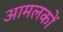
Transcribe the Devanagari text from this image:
आमलकों